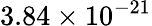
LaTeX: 3.84\times 10^{-21}